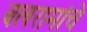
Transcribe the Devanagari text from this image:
बलरामांचे